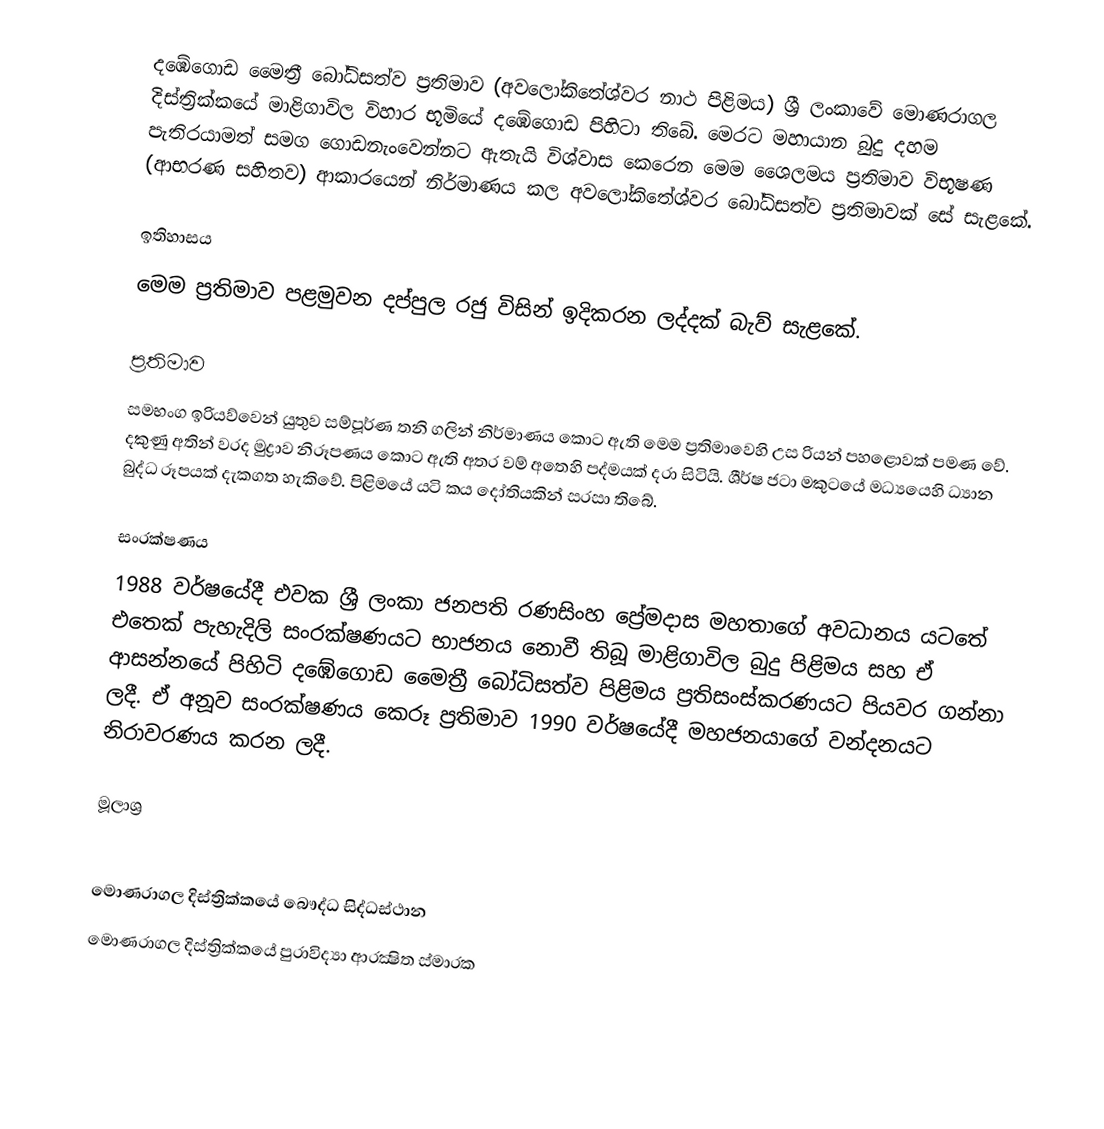
දඹේගොඩ මෛත්‍රී බෝධිසත්ව ප්‍රතිමාව (අවලෝකිතේශ්වර නාථ පිළිමය) ශ්‍රී ලංකාවේ මොණරාගල දිස්ත්‍රික්කයේ මාළිගාවිල විහාර භූමියේ දඹේගොඩ පිහිටා තිබේ. මෙරට මහායාන බුදු දහම පැතිරයාමත් සමග ගොඩනැංවෙන්නට ඇතැයි විශ්වාස කෙරෙන මෙම ශෛලමය ප්‍රතිමාව විභූෂණ (ආභරණ සහිතව) ආකාරයෙන් නිර්මාණය කල අවලෝකිතේශ්වර බෝධිසත්ව ප්‍රතිමාවක් සේ සැළකේ.

ඉතිහාසය
මෙම ප්‍රතිමාව පළමුවන දප්පුල රජු විසින් ඉදිකරන ලද්දක් බැව් සැළකේ.

ප්‍රතිමාව
සමභංග ඉරියව්වෙන් යුතුව සම්පූර්ණ තනි ගලින් නිර්මාණය කොට ඇති මෙම ප්‍රතිමාවෙහි උස රියන් පහළොවක් පමණ වේ. දකුණු අතින් වරද මුද්‍රාව නිරූපණය කොට ඇති අතර වම් අතෙහි පද්මයක් දරා සිටියි. ශීර්ෂ ජටා මකුටයේ මධ්‍යයෙහි ධ්‍යාන බුද්ධ රූපයක් දැකගත හැකිවේ. පිළිමයේ යටි කය දෝතියකින් සරසා තිබේ.

සංරක්ෂණය
1988 වර්ෂයේදී එවක ශ්‍රී ලංකා ජනපති රණසිංහ ප්‍රේමදාස මහතාගේ අවධානය යටතේ එතෙක් පැහැදිලි සංරක්ෂණයට භාජනය නොවී තිබූ මාළිගාවිල බුදු පිළිමය සහ ඒ ආසන්නයේ පිහිටි දඹේගොඩ මෛත්‍රී බෝධිසත්ව පිළිමය ප්‍රතිසංස්කරණයට පියවර ගන්නා ලදී. ඒ අනූව සංරක්ෂණය කෙරූ ප්‍රතිමාව 1990 වර්ෂයේදී මහජනයාගේ වන්දනයට නිරාවරණය කරන ලදී.

මූලාශ්‍ර

මොණරාගල දිස්ත්‍රික්කයේ බෞද්ධ සිද්ධස්ථාන
මොණරාගල දිස්ත්‍රික්කයේ පුරාවිද්‍යා ආරක්‍ෂිත ස්මාරක‎